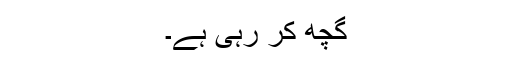
گچھ کر رہی ہے۔